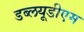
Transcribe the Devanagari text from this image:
डब्लयूडीएम